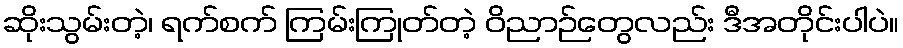
ဆိုးသွမ်းတဲ့၊ ရက်စက် ကြမ်းကြုတ်တဲ့ ဝိညာဉ်တွေလည်း ဒီအတိုင်းပါပဲ။